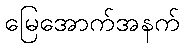
မြေအောက်အနက်